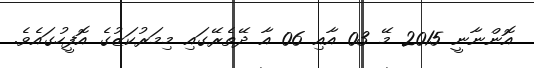
އޮންނާނީ 2015 މޭ 03 އާއި 06 އާ ދޭތެރޭގައި މިމަރުކަޒުގެ އޮފީހުގައެވެ.